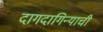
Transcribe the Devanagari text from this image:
दागदागिन्याची